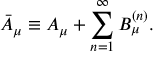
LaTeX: \bar { A } _ { \mu } \equiv A _ { \mu } + \sum _ { n = 1 } ^ { \infty } B _ { \mu } ^ { ( n ) } .